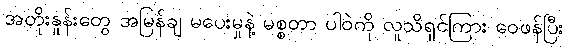
အတိုးနှုန်းတွေ အမြန်ချ မပေးမှုနဲ့ မစ္စတာ ပါဝဲကို လူသိရှင်ကြား ဝေဖန်ပြီး